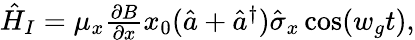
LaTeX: \begin{array}{r}{\hat{H}_{I}=\mu_{x}\frac{\partial B}{\partial x}x_{0}(\hat{a}+\hat{a}^{\dagger})\hat{\sigma}_{x}\cos(w_{g}t),}\end{array}